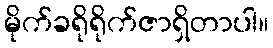
မိုက်ခရိုရိုက်ဇာရှိတာပါ။